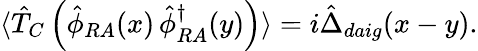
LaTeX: \langle\hat{T}_{C}\left(\hat{\phi}_{RA}(x)\, \hat{\phi}_{RA}^{\dagger}(y)\right)\rangle=i\hat{\Delta}_{daig}(x-y).